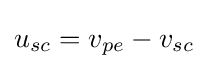
u_{sc}=v_{pe}-v_{sc}